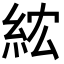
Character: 𥿢